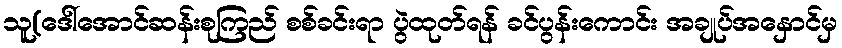
သူ(ဒေါ်အောင်ဆန်းစုကြည် စစ်ခင်းရာ ပွဲထုတ်ရန် ခင်ပွန်းကောင်း အချုပ်အနှောင်မှ